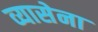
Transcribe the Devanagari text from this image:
व्यासेना